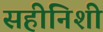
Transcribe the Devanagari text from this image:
सहीनिशी